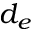
d _ { e }